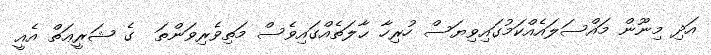
އަދި މިނޫން މައްސަލައެއްކަމުގައިވިޔަސް ހުރިހާ ޙާލަތެއްގައިވެސް މަތިވެރިވަންތަ  ގެ ޝަރީޢަތް އެއީ